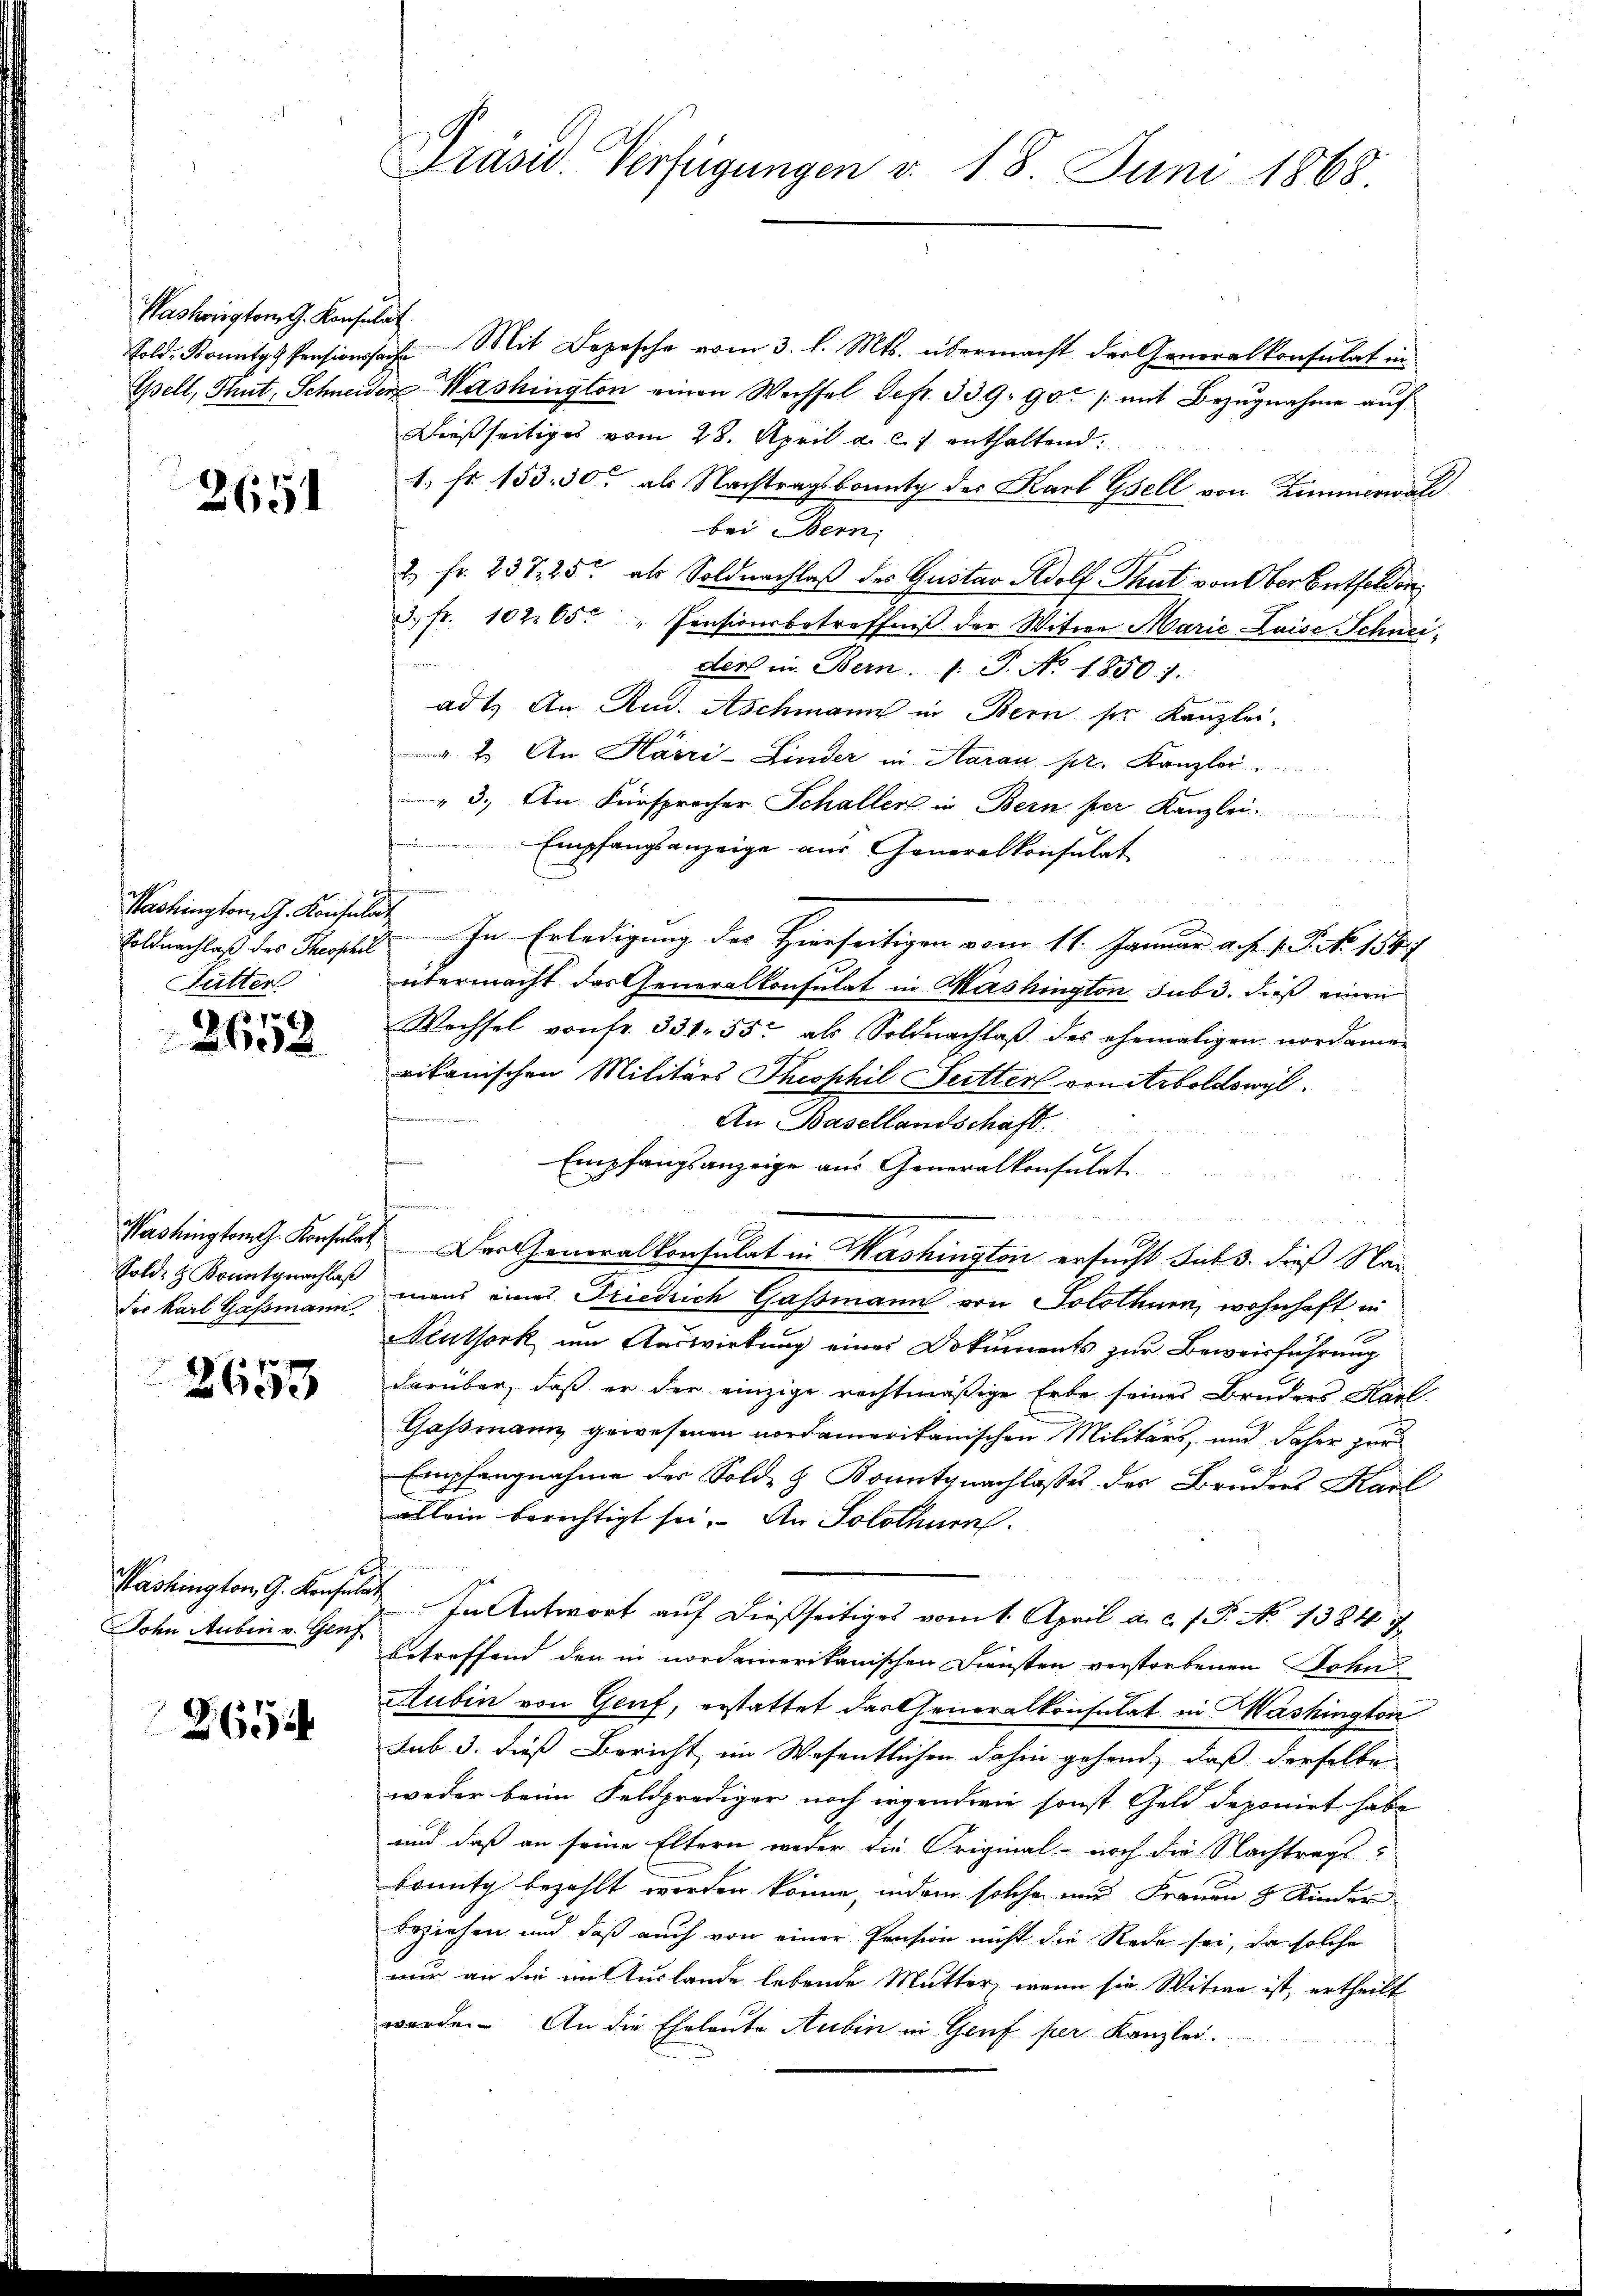
Washoristor G. Konsulat

2651

Washington G. Konsulat
utter

370 f.
202

Sold- & Konntgnachlaß
der Karl Gassmann

2653

Washington, G. Konsula
John Auben v. Genf

2654

Präsid. Verfügungen v. 18. Juni 1868.

Sold, Bonnte Pensionssache Mit Depesche vom 3. l. Mts. übermacht der Generalkonsulat in
Gell, Thut, Schneider Washington einen Wechsel defr. 339. 90. /: mit Bezŭgnahme auf
Dießseitiges vom 28. April a. c. 7 enthaltend.
1. Fr. 153. 30 als Nachtragsbounty des Karl Gsell von Zimmerwald
bei Bern,
2 fr. 237, 25 als Soldnachlaß des Gustav Adolf Thut von Ober Entfelden
3. fr. 102. 65. " Pensionsbetreffniß der Witwe Marie Luise Schneiders in Bern. J. J. No. 1850).
ad 1. An Rud. Aschmann in Bern sie Kanzlei,
" 1. An Härri-Linder in Aarau pr. Kanzlei
3. An Fürsprecher Schaller in Bern per Kanzlei.
Empfangsanzeige aus Generalkonsulat
n
Foldnachlaß des Theophie. In Erledigung des Hierseitigen vom 11. Januar a. f. 1. P. Nr. 184
übermacht das Generalkonsulat in Washington sub 3. dieß einen
Wechsel von fr. 331. 55 als Soldnachlaß des ehemaligen nordamen
rikanischen Militärs Theophil Seitter von Strboldowyl
An Basellandschaft.
f
Empfangsanzeige aus Generalkonsulat
i
Washington Konsulat Der Generalkonsulat in Mashington ersucht sub 3. dieß Nar
mans eines Friedrich Gassmann von Solothur, wohnhaft in
Peuthork am Auswirkung eines Dokuments zur Beweisführung
darüber, daß er der einzige rechtmäßige Erbe seines Bruders Karl.
Gassmann gewesenen nordamerikanischen Militärs, und daher zur
Empfangnahme des Sold- & Konntgnachlasses des Bruders Karl
allein berechtigt sei. An Solothurn
h
In Antwort auf dießseitiges vom 1. April a. c. J. J. No 1384 f.
betreffend den in nordamerikanischen Diensten verstorbenen Sohn
Aubin von Genf, erstattet das Generalkonsulat in Mashington
sub. 3. dieß Bericht im Wesentlichen dahin gehend, daß derselbe
weder beim Feldprediger noch irgendwie sonst Geld deponirt habe
und daß an seine Eltern weder die Original- noch die Nachtrags-
bounty bezahlt worden könne, indem solche und Frauen 8 Kinder
beziehen und daß auch von einer Pension nicht die Rede sei, da solche
nur an die im Auslande lebende Mutter, wenn sie Witwe ist, ertheilt
wurde. An die Eheleute Aubin in Genf per Kanzlei.